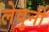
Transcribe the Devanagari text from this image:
लेवुनी